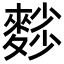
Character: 𪍉